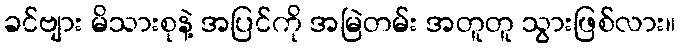
ခင်ဗျား မိသားစုနဲ့ အပြင်ကို အမြဲတမ်း အတူတူ သွားဖြစ်လား။